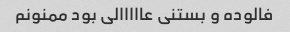
فالوده و بستنی عااااالی بود ممنونم